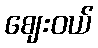
ဈေးဝယ်